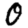
Digit: 0